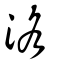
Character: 洛